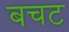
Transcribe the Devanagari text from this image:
बचट